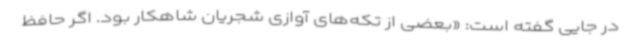
در جایی گفته است: «بعضی از تکه‌های آوازی شجریان شاهکار بود. اگر حافظ